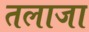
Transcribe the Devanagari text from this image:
तलाजा